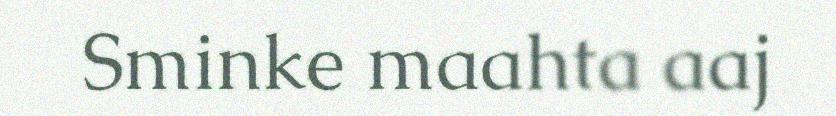
Sminke maahta aaj